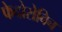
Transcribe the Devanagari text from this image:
फेदोरोविच